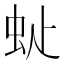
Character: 𧉆